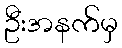
ဦးအနက်မှ